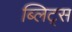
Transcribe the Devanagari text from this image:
ब्लिट्स